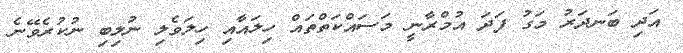
އަދި ބަނދަރު މަގު ފަދަ އުމްރާނީ މަސައްކަތްތައް ހިލައާއި ހިލަވެލި ނުލިބި ނުކުރެވޭނެ